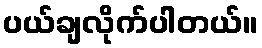
ပယ်ချလိုက်ပါတယ်။